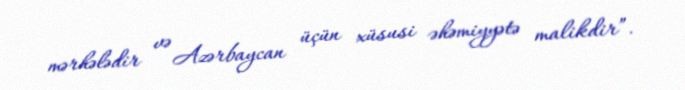
mərhələdir və Azərbaycan üçün xüsusi əhəmiyyətə malikdir”.